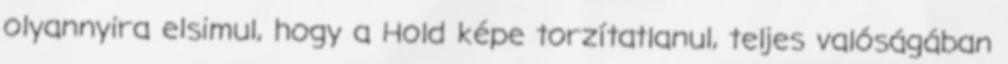
olyannyira elsimul, hogy a Hold képe torzítatlanul, teljes valóságában